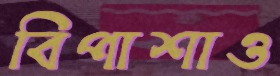
বিপাশাও